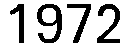
1972